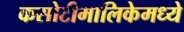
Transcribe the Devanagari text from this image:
कसोटीमालिकेमध्ये